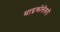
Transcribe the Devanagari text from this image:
माइक्रोसेंसरों